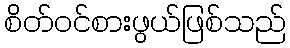
စိတ်ဝင်စားဖွယ်ဖြစ်သည်